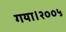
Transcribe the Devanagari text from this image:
गया।२००५